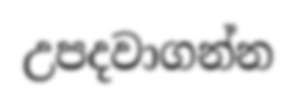
උපදවාගන්න